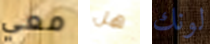
معي هل لونك